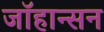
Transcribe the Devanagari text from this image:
जाॅहान्सन